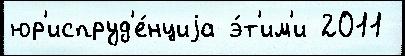
юр'испруд'е́нциjа э́т'им'и 2011